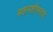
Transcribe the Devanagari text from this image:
सहनशीलताएं